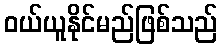
ဝယ်ယူနိုင်မည်ဖြစ်သည်